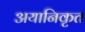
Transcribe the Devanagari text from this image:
अयानिकृत